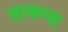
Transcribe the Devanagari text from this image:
तायप्पा